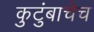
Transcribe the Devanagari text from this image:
कुटुंबाचेच